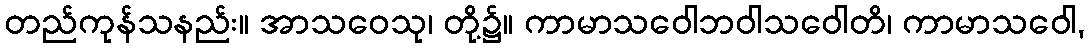
တည်ကုန်သနည်း။ အာသဝေသု၊ တို့၌။ ကာမာသဝေါဘဝါသဝေါတိ၊ ကာမာသဝေါ,